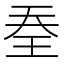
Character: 𭸽